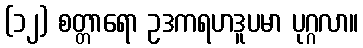
(၁၂) စတ္တာရော ဥဒကရဟဒူပမာ ပုဂ္ဂလာ။